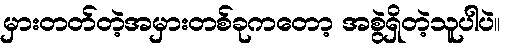
မှားတတ်တဲ့အမှားတစ်ခုကတော့ အစွဲရှိတဲ့သူပါပဲ။